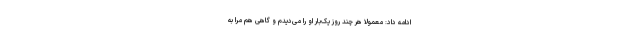
ادامه داد: معمولاً هر چند روز یک‌بار او را می‌دیدم و گاهی هم مرا به